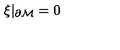
\xi \vert _ { \partial { \cal M } } = 0